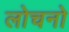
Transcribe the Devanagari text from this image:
लोचनो